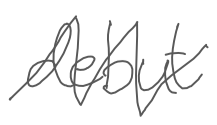
Text: debut
Cross-out: zig-zag
Writing tool: digital_gray